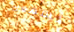
نسمعك